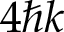
4 \hbar k